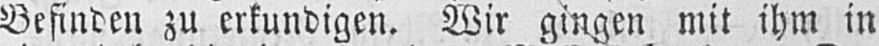
Befinden zu erkundigen. Wir gingen mit ihm in